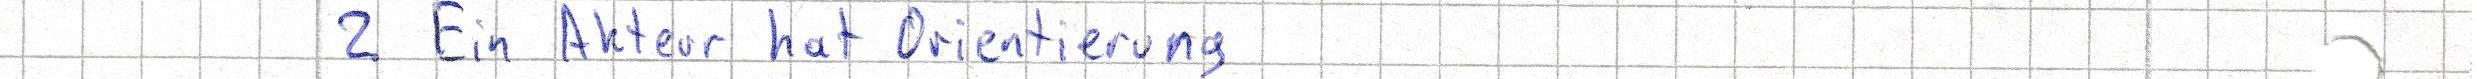
2. Ein Akteur hat Orientierung